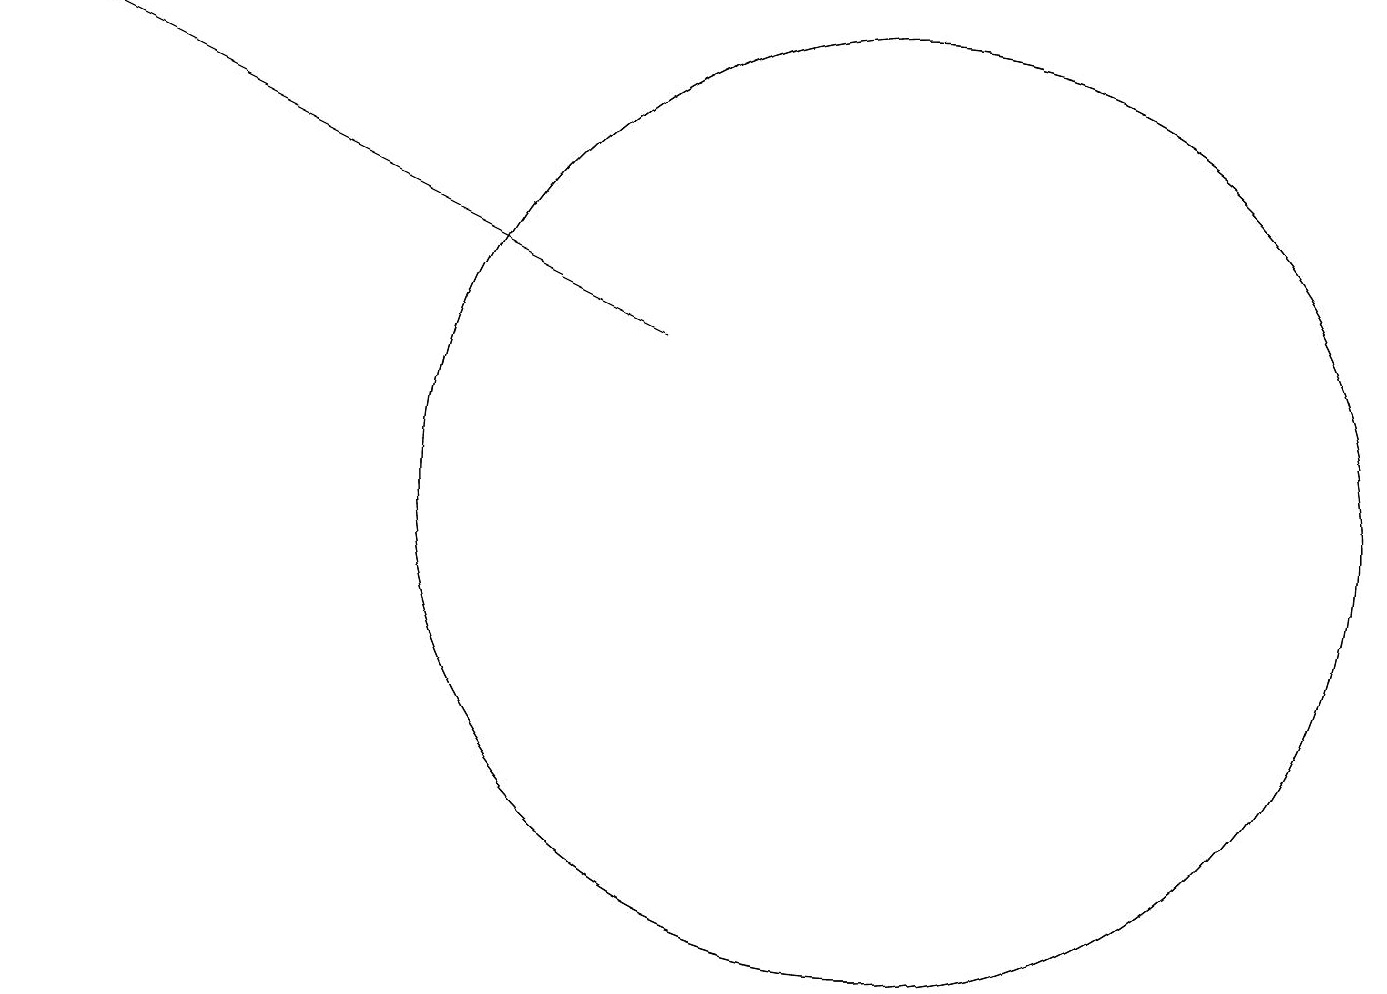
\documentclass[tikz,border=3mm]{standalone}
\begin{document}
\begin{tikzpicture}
\draw[->] (9,13) -- (1,17);
\draw (12,11) circle (6);
\draw (12,11) circle (6);
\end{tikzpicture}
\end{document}